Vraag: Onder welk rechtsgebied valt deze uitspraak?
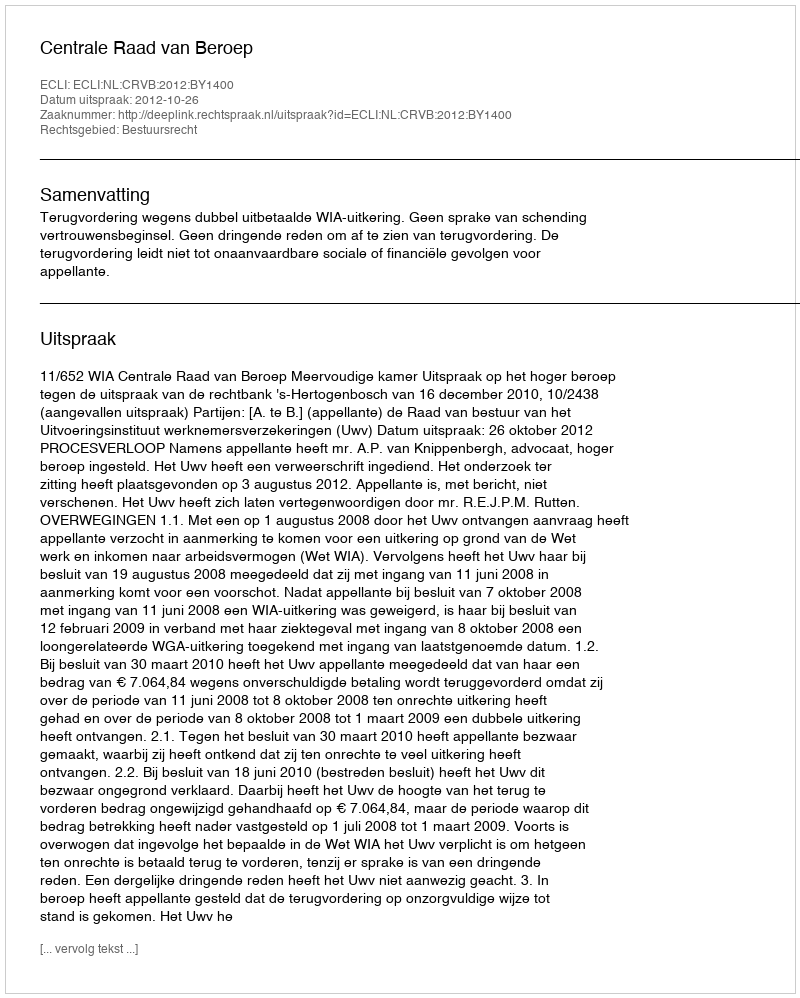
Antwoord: Bestuursrecht